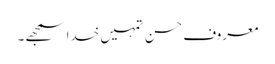
معروف حسن تمہیں خدا سمجھے۔